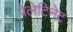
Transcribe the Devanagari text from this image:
पेलेटिनेट